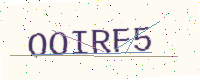
Text: OOIRF5